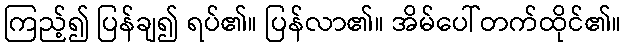
ကြည့်၍ ပြန်ချ၍ ရပ်၏။ ပြန်လာ၏။ အိမ်ပေါ်တက်ထိုင်၏။